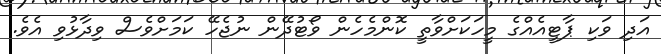
އަދި ވަކި ޕާޓީއެއްގެ މީހަކަށްވާތީ ކޮންމެހެން ވޯޓުދޭން ނުޖެހޭ ކަމަށްވެސް ވިދާޅުވި އެވެ.